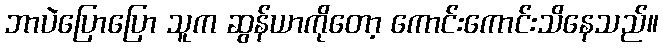
ဘာပဲပြောပြော သူက ဆွန်ယာကိုတော့ ကောင်းကောင်းသိနေသည်။